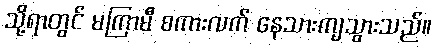
သို့ရာတွင် မကြာမီ စကားလက် နေသားကျသွားသည်။